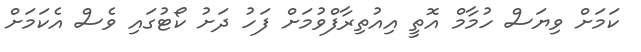
ކަމަށް ވިޔަސް ހުމާމް އޮތީ އިއުތިރާފްވުމަށް ފަހު ދަށު ކޯޓުގައި ވެސް އެކަމަށް